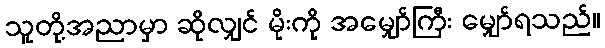
သူတို့အညာမှာ ဆိုလျှင် မိုးကို အမျှော်ကြီး မျှော်ရသည်။